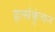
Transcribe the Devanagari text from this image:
हृत्संकुंचन